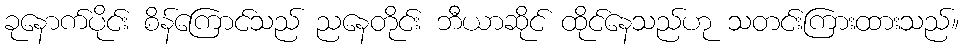
ခုနောက်ပိုင်း စိန်ကြောင်သည် ညနေတိုင်း ဘီယာဆိုင် ထိုင်နေသည်ဟု သတင်းကြားထားသည်။